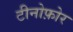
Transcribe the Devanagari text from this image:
टीनोफ़ोर